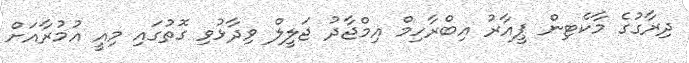
ދިރާގުގެ މާކެޓިން ޕީއާރު އިބްރާހިމް އިމްޖާދު ޖަލީލް ވިދާޅުވި ގޮތުގައި މިއީ އުމުރާއަށް